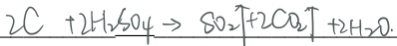
2 C + 2 H _ { 2 } S O _ { 4 } \rightarrow S O _ { 2 } \uparrow + 2 C O _ { 2 } \uparrow + 2 H _ { 2 } O .